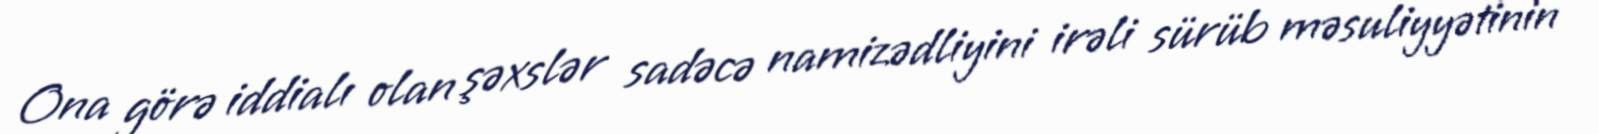
Ona görə iddialı olan şəxslər sadəcə namizədliyini irəli sürüb məsuliyyətinin